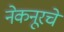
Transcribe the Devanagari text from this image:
नेकनूरचे